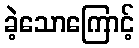
ခဲ့သောကြောင့်